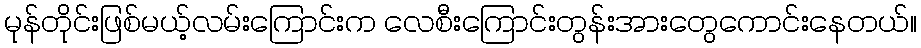
မုန်တိုင်းဖြစ်မယ့်လမ်းကြောင်းက လေစီးကြောင်းတွန်းအားတွေကောင်းနေတယ်။